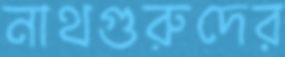
নাথগুরুদের